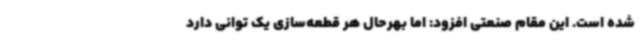
شده است. این مقام صنعتی افزود: اما بهرحال هر قطعه‌سازی یک توانی دارد